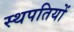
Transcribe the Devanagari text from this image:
स्थपतियों